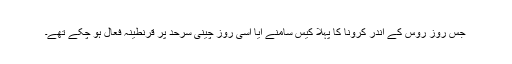
جس روز روس کے اندر کرونا کا پہلا کیس سامنے آیا اسی روز چینی سرحد پر قرنطینہ فعال ہو چکے تھے۔